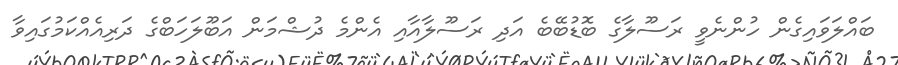
ބައްލަވައިގެން ހުންނެވީ ރަސޫލާގެ ބޮޑުބޭބެ އަދި ރަސޫލާއާއި އެންމެ ދުޝްމަން އަބޫލަހަބްގެ ދަރިއެއްކަމުގައިވާ